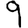
Digit: 9